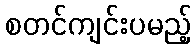
စတင်ကျင်းပမည့်